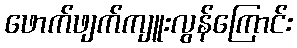
ဖောက်ဖျက်ကျူးလွန်ကြောင်း